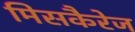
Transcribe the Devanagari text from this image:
मिसकैरेज